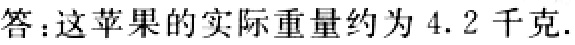
答：这苹果的实际重量约为 4.2 千克.